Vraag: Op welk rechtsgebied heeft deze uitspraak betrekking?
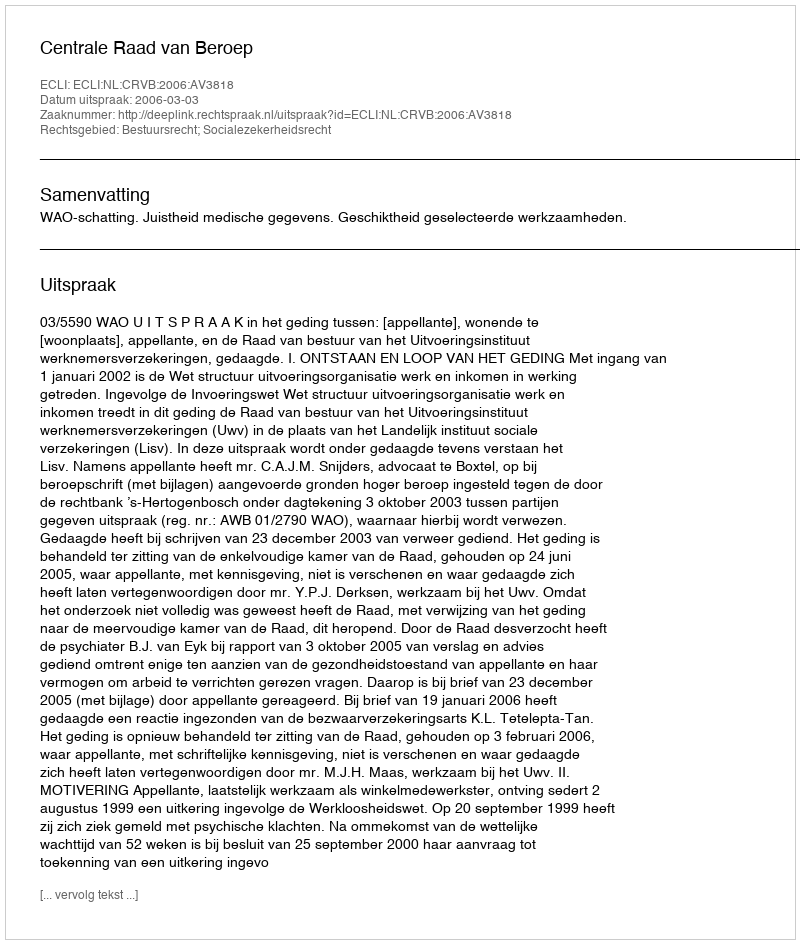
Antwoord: Bestuursrecht; Socialezekerheidsrecht